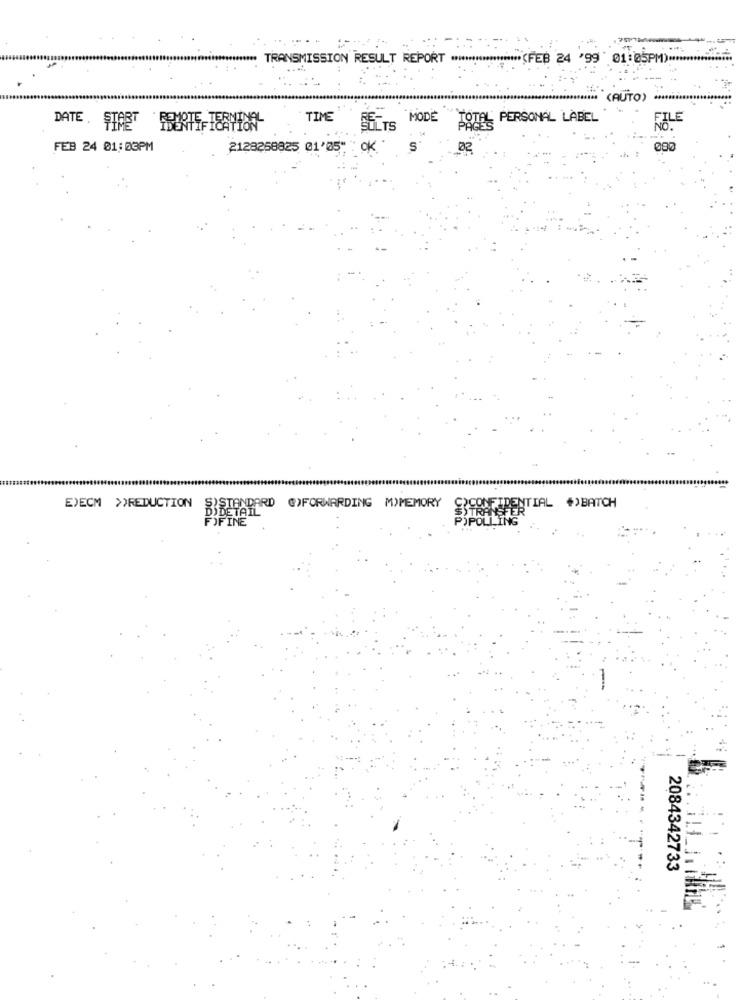
*** TRANSMISSION RESULT REPORT ******************* (FEB 24 '99 01:05PM) .........
(AUTO)
TIME
SELTS MODE TOTAL PERSONAL LABEL
FEB 24 01:03PM
2128258825 01'05"
OK
E)ECM >>REDUCTION
DIDETAIL
TANDARD @)FORWARDING M)MEMORY
APARTDENTIAL >BATCH
POPOLLING
FOFINE
2084342733